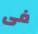
فى